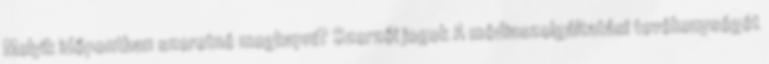
Melyik időpontban szeretné megkapni? Szerzői jogok A médiaszolgáltatási tevékenységét